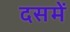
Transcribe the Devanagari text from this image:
दसमें